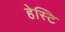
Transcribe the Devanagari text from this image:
हेस्टि